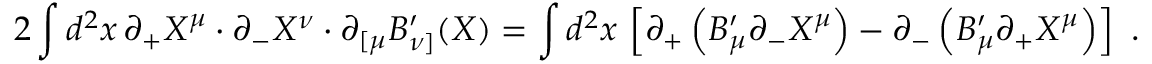
2 \int d ^ { 2 } x \, \partial _ { + } X ^ { \mu } \cdot \partial _ { - } X ^ { \nu } \cdot \partial _ { [ \mu } B _ { \nu ] } ^ { \prime } ( X ) = \int d ^ { 2 } x \, \left[ \partial _ { + } \left( B _ { \mu } ^ { \prime } \partial _ { - } X ^ { \mu } \right) - \partial _ { - } \left( B _ { \mu } ^ { \prime } \partial _ { + } X ^ { \mu } \right) \right] \ .